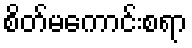
စိတ်မကောင်းစရာ